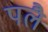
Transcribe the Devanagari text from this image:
पलै